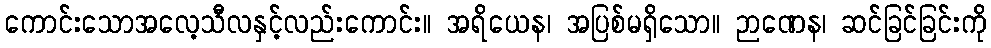
ကောင်းသောအလေ့သီလနှင့်လည်းကောင်း။ အရိယေန၊ အပြစ်မရှိသော။ ဉာဏေန၊ ဆင်ခြင်ခြင်းကို